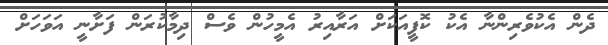
ދެން އެކުވެރިންނާ އެކު ކޮފީއަކަށް އަރާއިރު އެމީހުން ވެސް ދިމާކުރަން ފަށާނީ އަވަހަށް